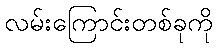
လမ်းကြောင်းတစ်ခုကို